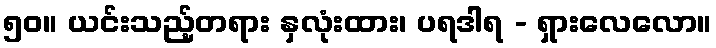
၅၀။ ယင်းသည့်တရား နှလုံးထား၊ ပရဒါရ - ရှားလေလော။